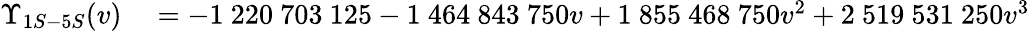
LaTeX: \begin{array}{rl}{\Upsilon_{1S-5S}(v)}&{{}=-1~220~703~125-1~464~843~750v+1~855~468~750v^{2}+2~519~531~250v^{3}}\end{array}